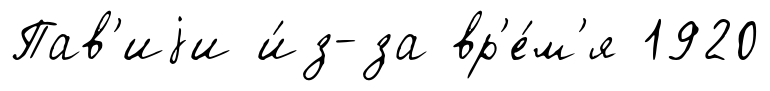
Пав'иjи и́з-за вр'е́м'я 1920